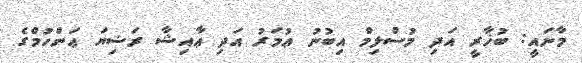
މާނައީ: ބުޚާރީ އަދި މުސްލިމް އިބުނު ޢުމަރު އަދި ޢާއިޝާ ރަޟިޔަ ޢަންހުމްގެ